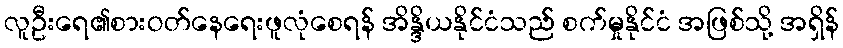
လူဦးရေ၏စားဝတ်နေရေးဖူလုံစေရန် အိန္ဒိယနိုင်ငံသည် စက်မှုနိုင်ငံ အဖြစ်သို့ အရှိန်